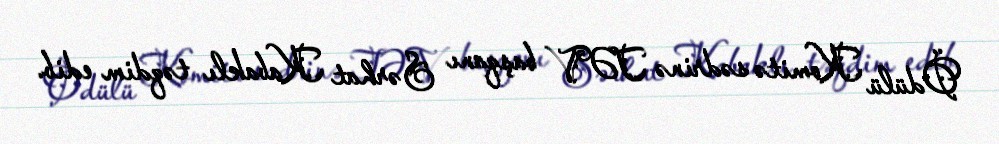
Ödülü Komitə sədrinə TƏV başqanı Sərhat Kabaklı təqdim edib.